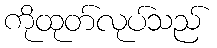
ကိုထုတ်လုပ်သည်